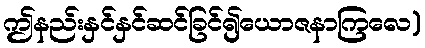
ဤနည်းနှင်နှင်ဆင်ခြင်၍ယောဇနာကြလေ)